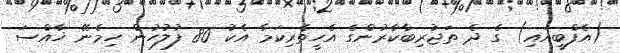
(އެފްބީއައި) ގެ ދެ ތަޖުރިބާކާރުންގެ އެހީތެރިކަމާ އެކު 80 ފުލުހުން ހިމެނޭ ޚާއްސަ